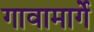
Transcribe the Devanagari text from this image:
गावामार्गे